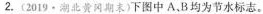
2.(2019·湖北黄期末)下图中A、B均为节水标志。